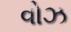
વોઝ